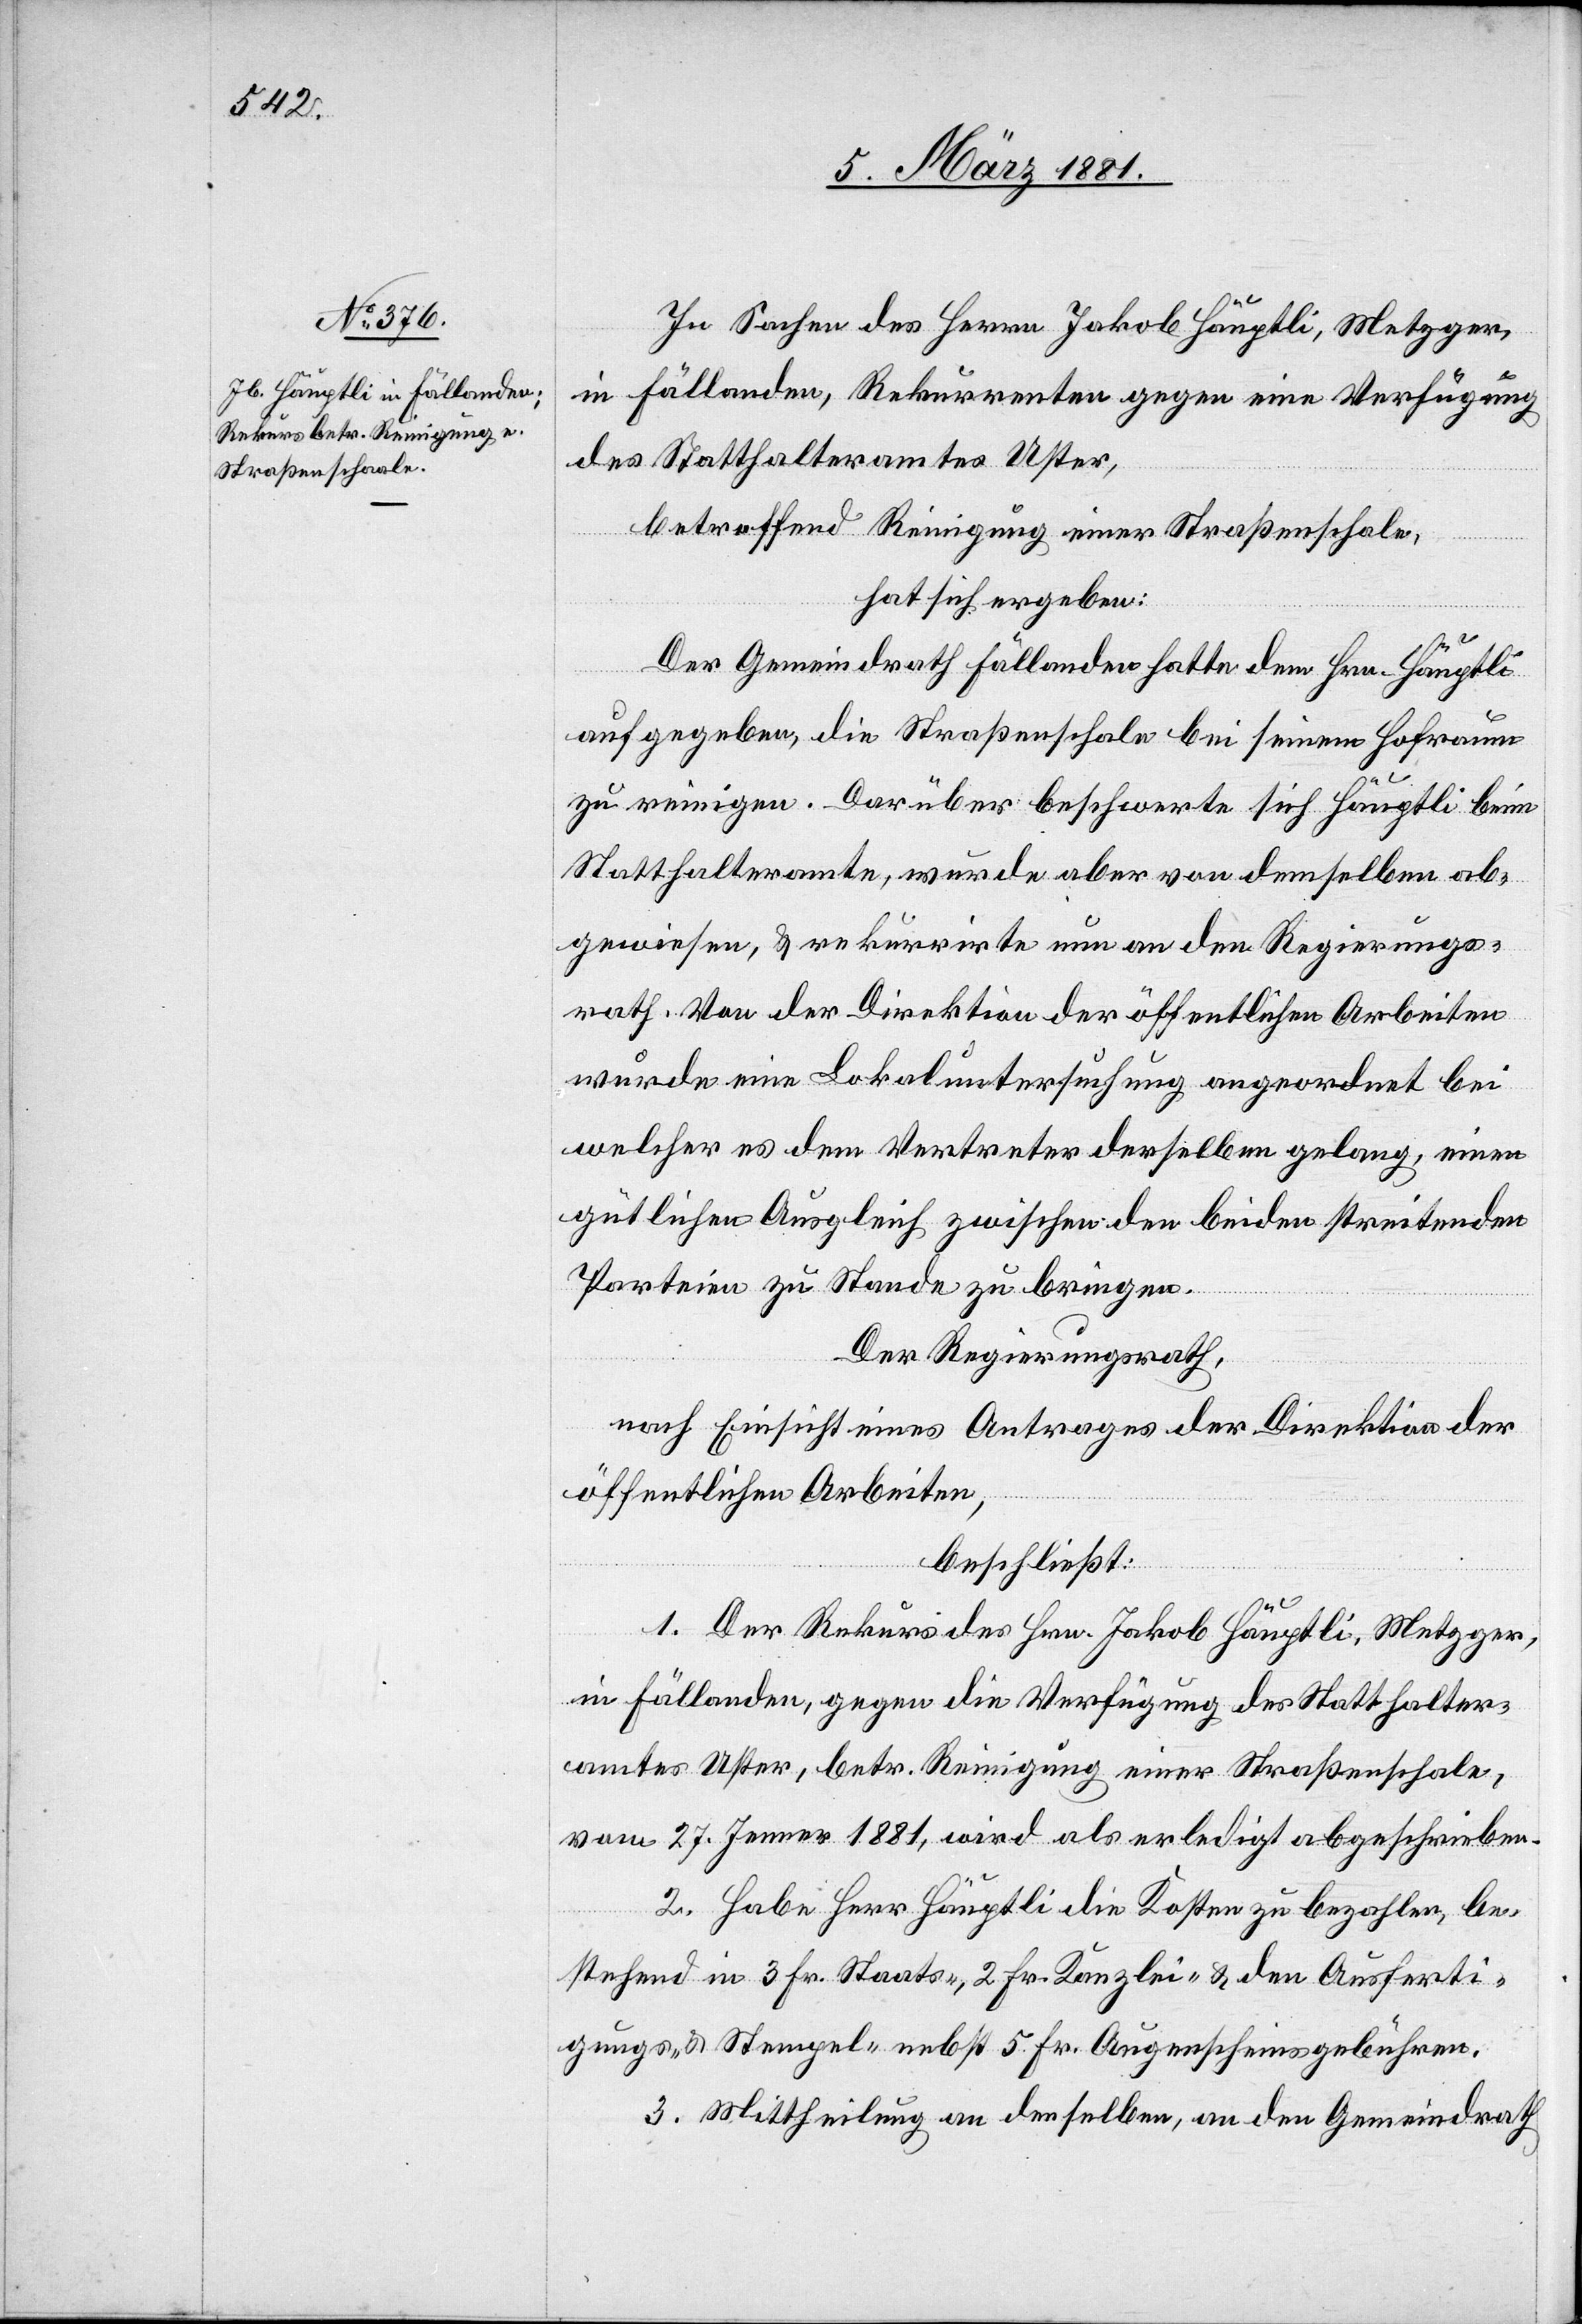
In Sachen des Herrn Jakob Häuptli, Metzger,
in Fällanden, Rekurrenten gegen eine Verfügung
des Statthalteramtes Uster,
betreffend Reinigung einer Straßenschaale,
hat sich ergeben:
Der Gemeindrath Fällanden hatte dem Hrn. Häuptli
aufgegeben, die Straßenschale bei seinem Hofraum
zu reinigen. Darüber beschwerte sich Häuptli beim
Statthalteramte, wurde aber von demselben ab¬
gewiesen, & rekurrirte nun an den Regierungs¬
rath. Von der Direktion der öffentlichen Arbeiten
wurde eine Lokaluntersuchung angeordnet[,] bei
welcher es dem Vertreter derselben gelang, einen
gütlichen Ausgleich zwischen den beiden streitenden
Parteien zu Stande zu bringen.
Der Regierungsrath,
nach Einsicht eines Antrages der Direktion der
öffentlichen Arbeiten,
beschließt:
1. Der Rekurs des Hrn. Jakob Häuptli, Metzger,
in Fällanden, gegen die Verfügung des Statthalter¬
amtes Uster, betr. Reinigung einer Straßenschale,
vom 27. Jenner 1881, wird als erledigt abgeschrieben.
2. Habe Herr Häuptli die Kosten zu bezahlen, be¬
stehend in 3 Fr. Staats-, 2 Fr. Kanzlei- & den Ausferti¬
gungs- & Stempel- nebst 5 Fr. Augenscheingebühren.
3. Mittheilung an denselben an den Gemeindrath